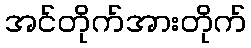
အင်တိုက်အားတိုက်